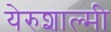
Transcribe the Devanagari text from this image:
येरुशाल्मी